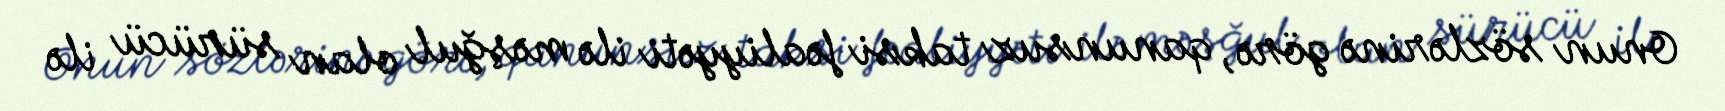
Onun sözlərinə görə, qanunsuz taksi fəaliyyəti ilə məşğul olan sürücü ilə